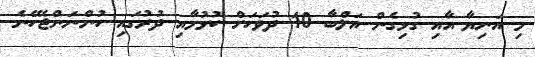
މި އަނިޔާ އާއި ގުޅިގެން އަލްބާ 10 ދުވަހަށް ކުޅުމާއި ދުރުގައި ހުންނަންޖެހޭނެ